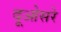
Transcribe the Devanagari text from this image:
दूओसरे